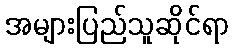
အများပြည်သူဆိုင်ရာ